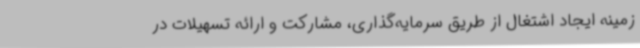
زمینه ایجاد اشتغال از طریق سرمایه‌گذاری، مشارکت و ارائه تسهیلات در